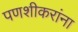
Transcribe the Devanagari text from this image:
पणशीकरांना